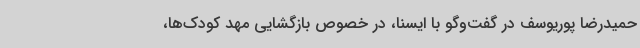
حمیدرضا پوریوسف در گفت‌وگو با ایسنا، در خصوص بازگشایی مهد کودک‌ها،